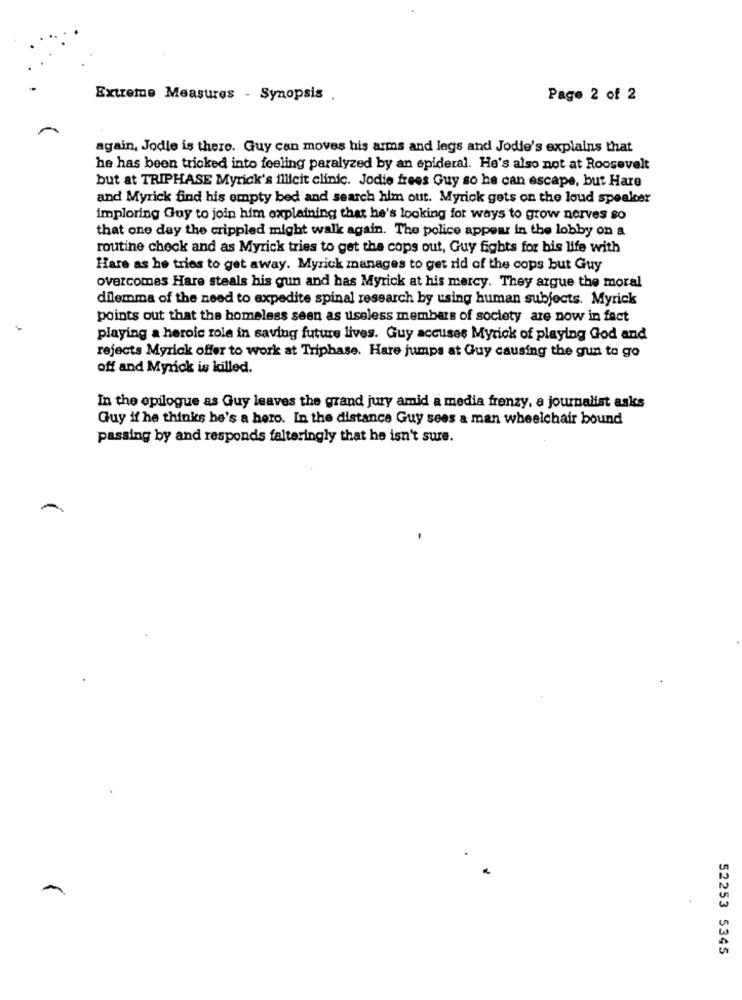
Extreme Measures - Synopsis .
Page 2 of 2
again, Jodle is there. Guy can moves his arms and legs and Jodie's explains that
he has been tricked into feeling paralyzed by an epideral. He's also not at Roosevelt
but at TRIPHASE Myrick's illicit clinic. Jodie frees Guy so he can escape, but Hare
and Myrick find his empty bed and search him out. Myrick gets on the loud speaker
imploring Guy to join him explaining that he's looking for ways to grow nerves so
that one day the crippled might walk again. The police appear in the lobby on a
routine check and as Myrick tries to get the cops out, Guy fights for bis life with
Hare as he tries to get away. Myrick manages to get rid of the cops but Guy
overcomes Hare steals his gun and has Myrick at his mercy. They argue the moral
dilemma of the need to expedite spinal research by using human subjects. Myrick
points out that the homeless seen as useless members of society are now in fact
playing a heroic role in saving future lives. Guy accuses Myrick of playing God and
rejects Myrick offer to work at Triphase. Hare jumps at Guy causing the gua to go
off and Myrick is killed.
In the epilogue as Guy leaves the grand jury amid a media frenzy, a journalist asks
Guy if he thinks he's a hero. In the distance Guy sees a man wheelchair bound
passing by and responds falteringly that he isn't sure.
-
52253 5345